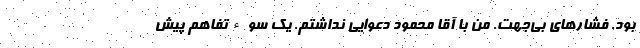
بود. فشارهای بی‌جهت. من با آقا محمود دعوایی نداشتم. یک سوءتفاهم پیش